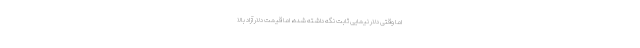
اما وقتی دلار نیمایی ثابت نگه داشته شده، اما قیمت دلار آزاد بالا